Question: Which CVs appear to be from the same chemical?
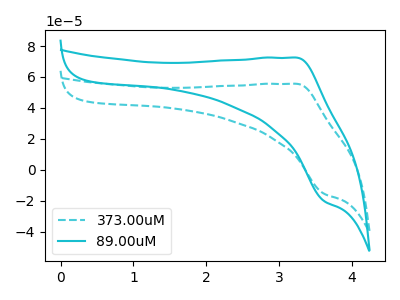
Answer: <think>The cyan dashed curve "373.00uM" has an anodic peak at (3.25V, 55.60uA) and a cathodic peak at (3.60V, -15.50uA). The cyan curve "89.00uM" has an anodic peak at (3.25V, 72.50uA) and a cathodic peak at (3.60V, -20.20uA).
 All the peaks in "373.00uM" have a peak in "89.00uM" at the same potential. Every peak in "373.00uM" is lower than every peak in "89.00uM".</think>
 <answer>"373.00uM" and "89.00uM" have the same shape and are likely CV's of the same chemical.</answer>
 <eval>"373.00uM" "89.00uM"</eval>